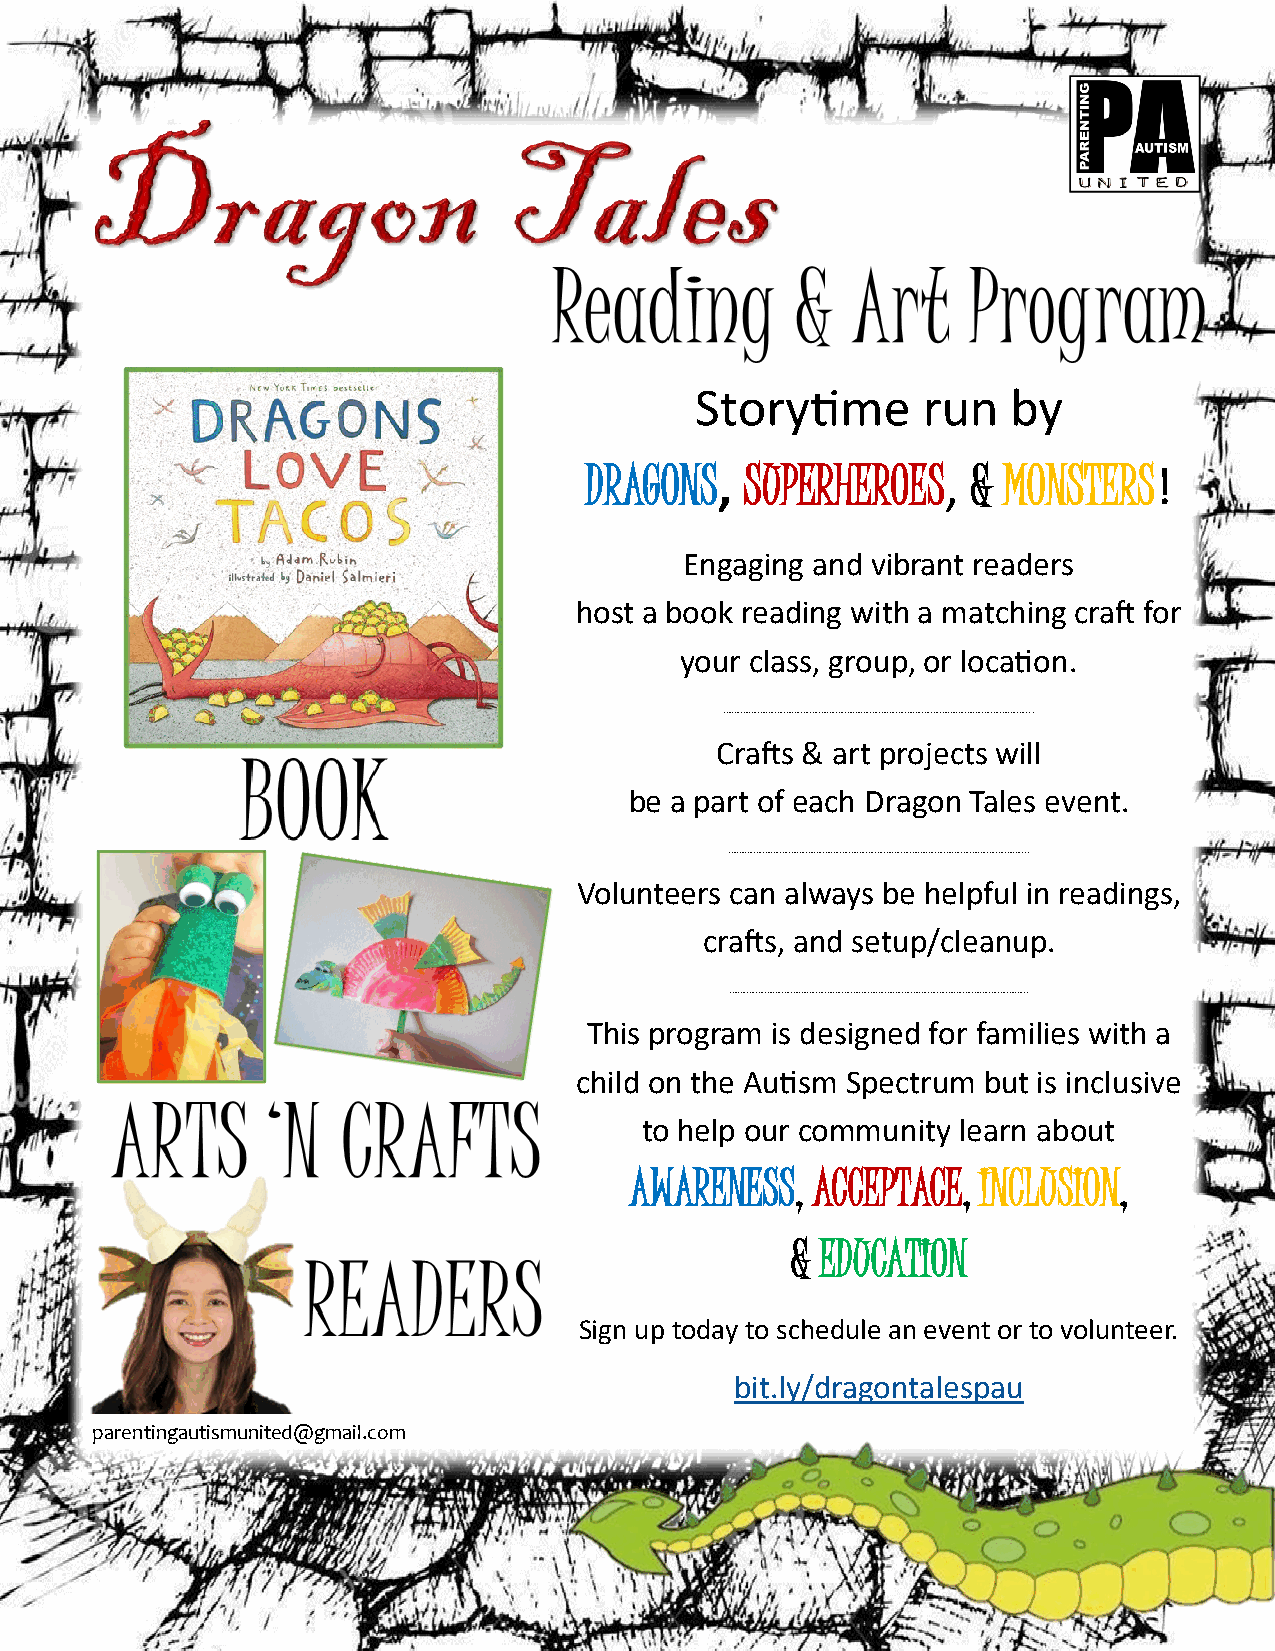
Storytime      run   by
 DRAGONS,  SUPERHEROES,   & MONSTERS!
 Engaging and vibrant readers
 host a book reading with a matching craft for
 your class, group, or location.
 ……………………………………………………………………………………………...
 Crafts & art projects will
 be a part of each Dragon Tales event.
 …………………………………………………………………………………………...
 Volunteers can always be helpful in readings,
 crafts, and setup/cleanup.
 …………………………………………………………………………………………..
 This program is designed for families with a
 child on the Autism Spectrum but is inclusive
 to help our community learn about
 AWARENESS,  ACCEPTACE, INCLUSION,
 & EDUCATION
 Sign up today to schedule an event or to volunteer.
 bit.ly/dragontalespau
 parentingautismunited@gmail.com